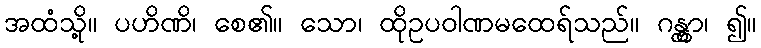
အထံသို့။ ပဟိဏိ၊ စေ၏။ သော၊ ထိုဥပဝါဏမထေရ်သည်။ ဂန္တွာ၊ ၍။